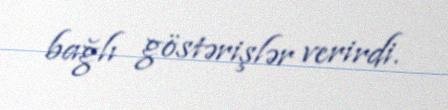
bağlı göstərişlər verirdi.